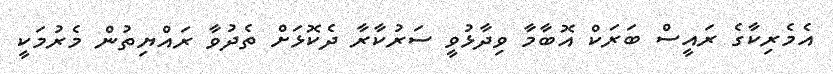
އެމެރިކާގެ ރައީސް ބަރަކް އޮބާމާ ވިދާޅުވީ ސަރުކާރާ ދެކޮޅަށް ތެދުވާ ރައްޔިތުން މެރުމަކީ